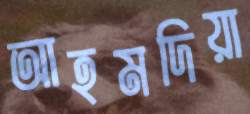
আহমদিয়া